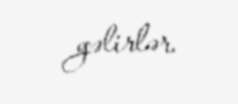
gəlirlər.